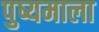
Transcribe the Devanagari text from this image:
पुष्यमाला